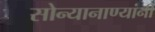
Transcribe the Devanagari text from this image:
सोन्यानाण्यांनी